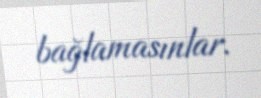
bağlamasınlar.